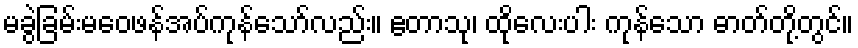
မခွဲခြမ်းမဝေဖန်အပ်ကုန်သော်လည်း။ ဧတာသု၊ ထိုလေးပါး ကုန်သော ဓာတ်တို့တွင်။